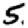
Digit: 5